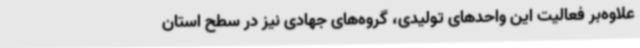
علاوه‌بر فعالیت این واحدهای تولیدی، گروه‌های جهادی نیز در سطح استان